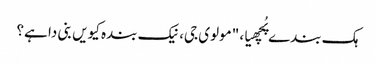
ہک بندے پُچھیا، "مولوی جی، نیک بندہ کیویں بنی دا ہے؟